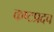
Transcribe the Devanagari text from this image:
कष्टप्रदच